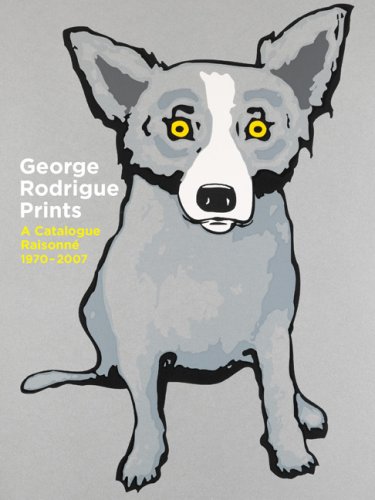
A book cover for George Rodrigue Prints: A Catalogue Raisonne 1970-2007; Arts & Photography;